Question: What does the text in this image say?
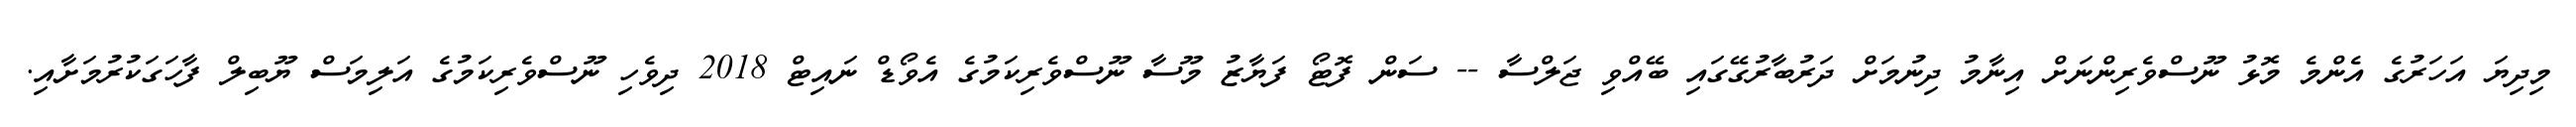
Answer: މިދިޔަ އަހަރުގެ އެންމެ މޮޅު ނޫސްވެރިންނަށް އިނާމު ދިނުމަށް ދަރުބާރުގޭގައި ބޭއްވި ޖަލްސާ -- ސަން ފޮޓޯ ފަޔާޒު މޫސާ ނޫސްވެރިކަމުގެ އެވޯޑް ނައިޓް 2018 ދިވެހި ނޫސްވެރިކަމުގެ އަލިމަސް ޔޫބިލް ފާހަގަކުރުމަށާއި.